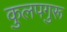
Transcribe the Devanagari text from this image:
कुलपगुरू